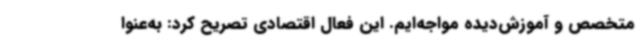
متخصص و آموزش‌دیده مواجه‌ایم. این فعال اقتصادی تصریح کرد: به‌عنوا